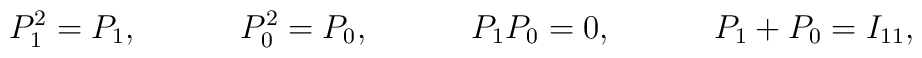
P_1^2=P_1,\hspace{0.5in}P_0^2=P_0,\hspace{0.5in}P_1 P_0=0,\hspace{0.5in}P_1+P_0=I_{11},